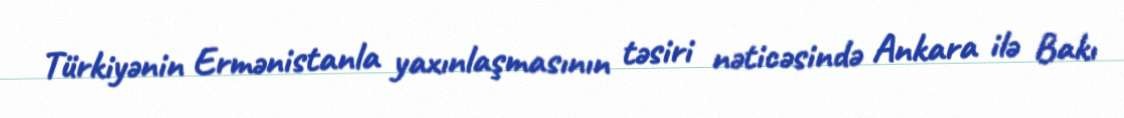
Türkiyənin Ermənistanla yaxınlaşmasının təsiri nəticəsində Ankara ilə Bakı